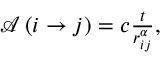
\begin{array} { r } { \mathcal { A } \left( i \rightarrow j \right) = c \frac { t } { r _ { i j } ^ { \alpha } } , } \end{array}